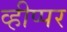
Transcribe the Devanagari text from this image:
व्हीप्पर